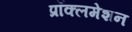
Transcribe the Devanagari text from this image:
प्रॉक्लमेशन